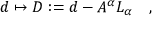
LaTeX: d \mapsto D : = d - A ^ { \alpha } L _ { \alpha } \quad ,